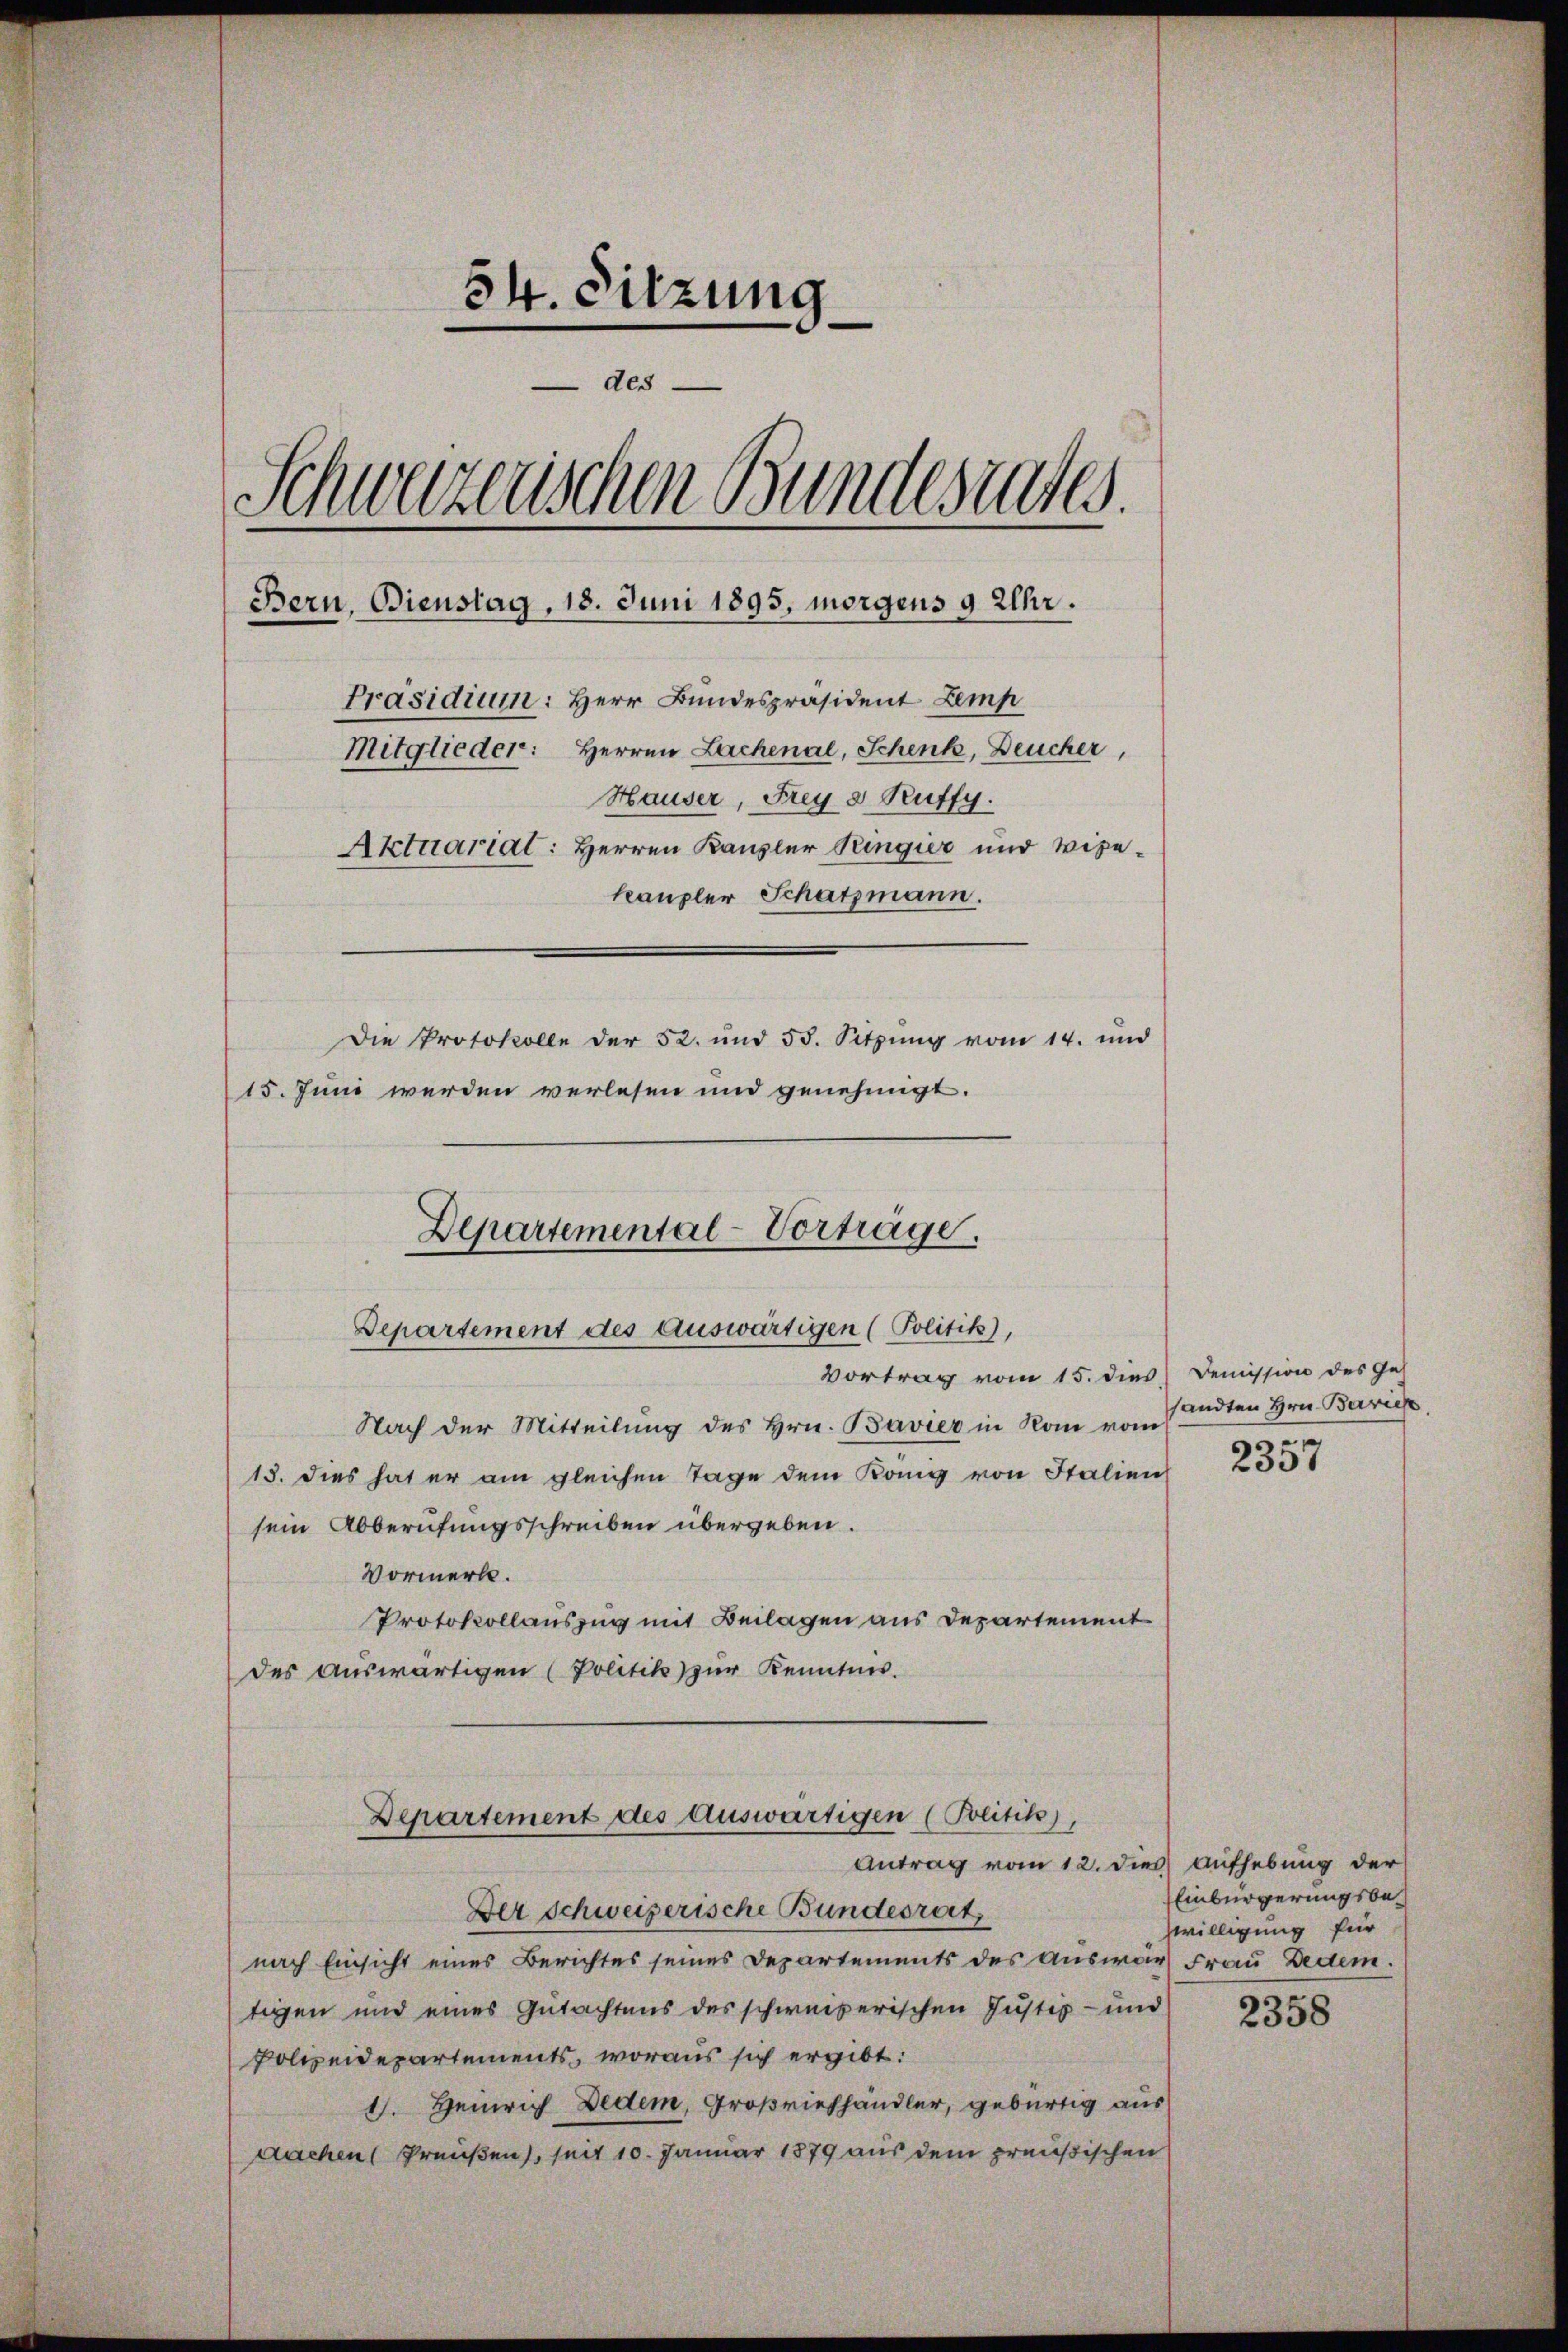
54. Sitzung
e
des
Schweizerischen Bundesrates.
Bern, Bienstag, 18. Juni 1895, morgens 9 Uhr.
Präsidium: Herr Bundespräsident Zemp
Herren Lachenal, Schenk, Deucher,
Mitglieder:
Hauser, Frey e Ruffy.
Aktuariat: Herren Kausler Ringier und Vize-
kaupler Schatzmann.
Die Protokolle der 52. und 58. Sitzung vom 14. und
15. Juni werden verlesen und genehmigt.

Departemental-Vorträge.
Departement des auswärtigen (Politik),
Vortrag vom 15. dies

Nach der Mitteilung des Hrn. Bavier in Rom vom
15. dies hat er am gleichen Tage dem Köng von Italien
sein Abberufungsschreiben übergeben.
Vormerk.
Protokollauszug mit Beilagen aus Departement
des Auswärtigen (Politik zur Kenntnis.
Departement des Auswärtigen (Politik),
Antrag vom 12. dies Aufhebung der
Der Schweizerische Bundesrat,
nach Einsicht eines Berichtes seines Departements des Auswar Frau Dedem.
tigen und eines Gutachtens des schweizerischen Justiz- und
Polizeidepartements, woraus sich ergibt:
1. Heinrich Dedem, Großriehhändler, gebürtig aus
Aachen Preußen, seit 10. Januar 1879 aus dem preußischen

Demission des Ges
sandten Hrn. Beriche

2357

Einbürgerungsbewilligung für

2358